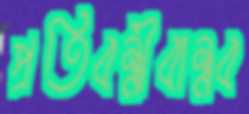
প্রতিবন্ধীবান্ধব